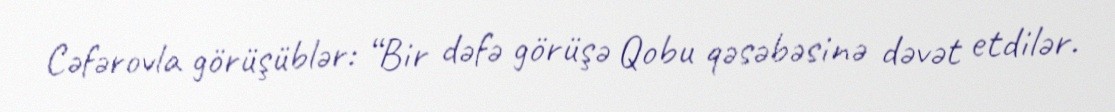
Cəfərovla görüşüblər: “Bir dəfə görüşə Qobu qəsəbəsinə dəvət etdilər.